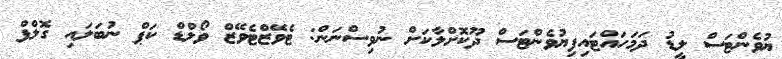
ޔުވެންޓަސް ލީޑު ދަމަހައްޓައިިފިޔުވެންޓަސް ދޫކޮށްލާކަށް ނުވިސްނަން: ޓެވޭޒްޓެވޭޒް ވޯލްޑް ކަޕް ނުބަލައި ގޮލްފް